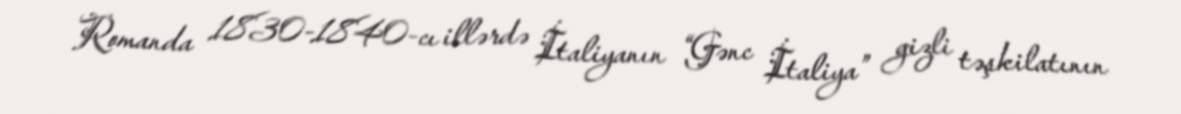
Romanda 1830-1840-cı illərdə İtaliyanın “Gənc İtaliya” gizli təşkilatının